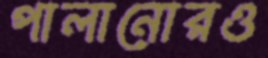
পালানোরও